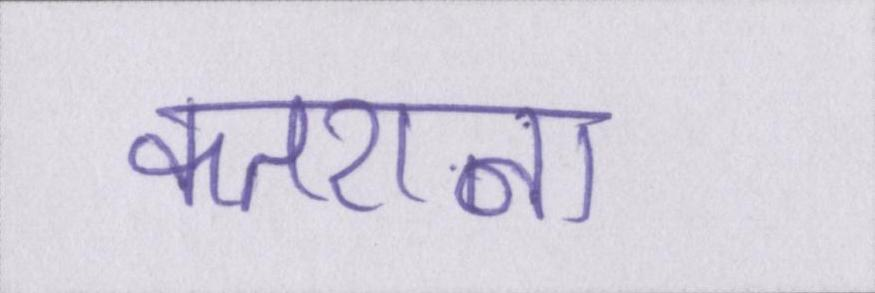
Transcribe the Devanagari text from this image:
कतराना